system: You are a helpful assistant.
user:
Analyze the provided spectrum to determine if it is a **M-type Giant (gM)**.

A M-type Giant spectrum is defined by its **strong molecular absorption** features, particularly from **Titanium Oxide (TiO)**. You must check for one of the following mutually exclusive signatures:

- **Key Visual Indicators (Absorption-Dominated Spectrum):**

    - **(Primary):** The spectrum is dominated by strong molecular absorption from **Titanium Oxide (TiO)**. This is the **defining feature** of its M-type temperature class.
        - **(Key Bandheads):** Look for sharp, "saw-tooth" absorption valleys. The strongest are located near **~7050 Å**, **~6160 Å**, and **~5170 Å**.
        - **(Line Profile):** The "saw-tooth" morphology is critical: a **sharp, steep drop on the BLUE (short-wavelength) side** of the bandhead, followed by a gradual recovery (rising flux) towards the RED (long-wavelength) side.

    - **(Key Confirmation - Giant vs. Dwarf):** **ABSENCE** of strong **Calcium Hydride (CaH)** molecular bands. This is the primary diagnostic for *excluding* M-dwarfs.
        - **(Key Region):** The spectrum should lack the strong, broad absorption band seen in dwarfs between **~6800 Å and ~7000 Å**.

    - **(Secondary Confirmation - Giant):** A very strong and broad **Neutral Calcium (Ca I)** atomic absorption line.
        - **(Key Line):** Located at **~4226 Å**. In a giant (gM), this line is significantly deeper and broader than the same line in an M-dwarf (dM) due to low surface gravity.

    - **(Overall Spectrum):**
        - The continuum is **extremely red-sloping** (i.e., flux is very low in the blue and rises dramatically towards the red).
        - The entire spectrum appears "chopped up" by the deep TiO bands.

Think first, call **spectral_visualization_tool** if needed to examine features in detail, then provide your final answer. Your response must adhere to the following strict rules:
1.  **Overall Structure:** Your response must follow the format `<think>...</think> <tool_call>...</tool_call> (if a tool is used) <answer>...</answer>`.
2.  **Tool Usage Constraint:** You may only make **one** tool call per turn.
3.  **Final Answer Format:** In the `<answer>` tag, your conclusion must be inside a `\boxed{}` command (e.g., `\boxed{YES}` or `\boxed{NO}`), followed by your justification.

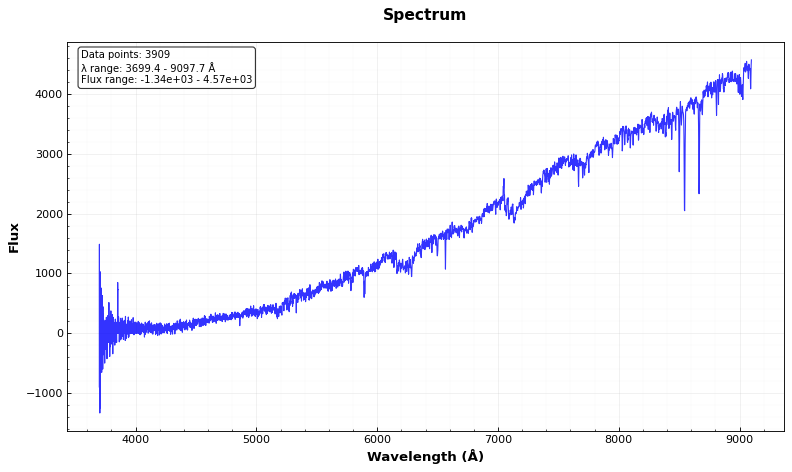
Answer: YES